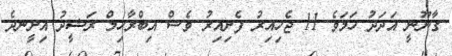
ގާނޫނީ އަދަދު ހަމަވެ 11 ޖެހިއިރު ފެށިއިރު ވެސް އިބްރާހިމް ރަޝީދު އިށީނދެ